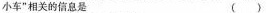
小车"相关的信息是（ ）